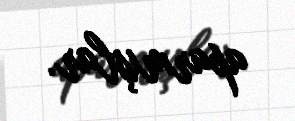
aparmışlar.